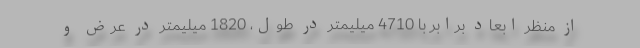
از منظر ابعاد برابر با 4710 میلیمتر در طول، 1820 میلیمتر در عرض و